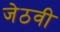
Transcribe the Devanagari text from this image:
जेठवी